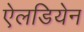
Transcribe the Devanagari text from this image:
ऐलडियेन